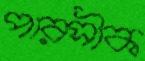
পারসীক